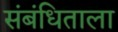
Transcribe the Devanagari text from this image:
संबंधिताला